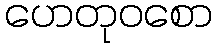
ဟေတုဝစော